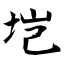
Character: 垲